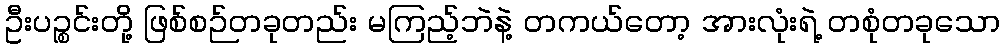
ဦးပဉ္စင်းတို့ ဖြစ်စဉ်တခုတည်း မကြည့်ဘဲနဲ့ တကယ်တော့ အားလုံးရဲ့ တစုံတခုသော